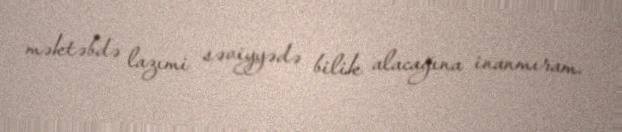
məktəbdə lazımi səviyyədə bilik alacağına inanmıram.